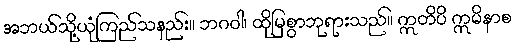
အဘယ်သို့ယုံကြည်သနည်း။ ဘဂဝါ၊ ထိုမြစွာဘုရားသည်။ ဣတိပိ ဣမိနာစ